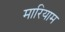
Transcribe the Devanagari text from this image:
मारियाम